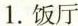
1.饭厅